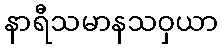
နာရီသမာနသဝှယာ